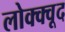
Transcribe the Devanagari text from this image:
लोक्क्वूद